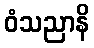
ဝံသညာနိ